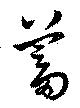
蓄